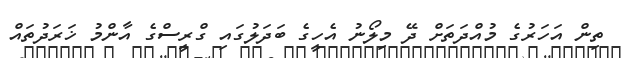
ތިން އަހަރުގެ މުއްދަތަށް ދޭ މިލޯނު އެހީގެ ބަދަލުގައި ގްރީސްގެ އާންމު ޚަރަދުތައް